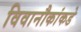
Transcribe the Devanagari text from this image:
विवानौकांकडे